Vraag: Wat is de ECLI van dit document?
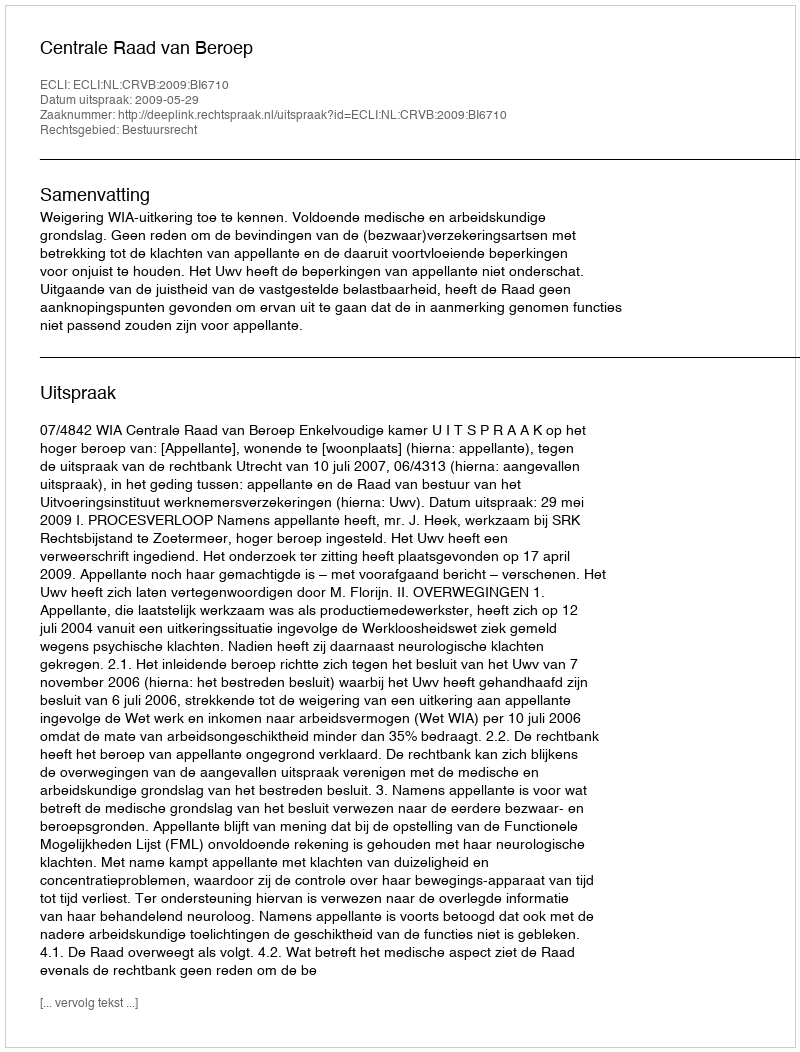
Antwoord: ECLI:NL:CRVB:2009:BI6710